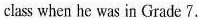
class when he was in Grade 7.